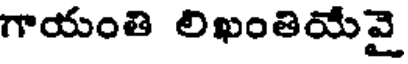
గాయంతి లిఖంతియేవై